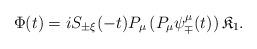
LaTeX: \begin{align*} \Phi(t) = i S_{\pm\xi}(-t) P_\mu \left(P_\mu \psi_\mp^\mu(t)\right) \mathfrak K_1.\end{align*}